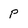
Character: P